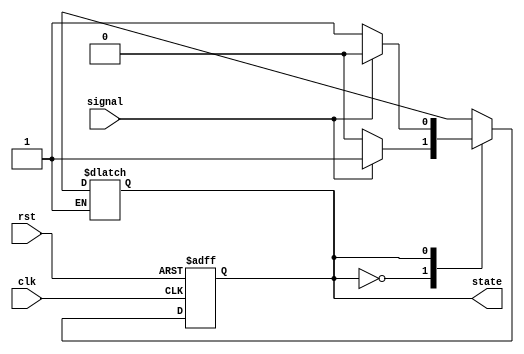
`timescale 1ns / 1ps
//////////////////////////////////////////////////////////////////////////////////
// Company: 
// Engineer: 
// 
// Design Name: 
// Module Name: fsm
// Project Name: 
// Target Devices: 
// Tool Versions: 
// Description: 
// 
// Dependencies: 
// 
// Revision:
// Revision 0.01 - File Created
// Additional Comments:
// 
//////////////////////////////////////////////////////////////////////////////////


module fsm(state,signal,clk,rst);
output reg state;
input signal;
input clk;
input rst;

reg next_state;

always@(posedge clk or posedge rst )
begin
   
  if (rst) state <= 0; 
  else state <= next_state;

end

always@(state or signal)
begin
case(state)
    1'b0 : begin if(signal==1'b1) next_state=1'b1; else next_state=1'b0; end
    1'b1 : begin if(signal==1'b1) next_state=1'b0; else next_state=1'b1; end
    default: state=0;
    endcase
end

endmodule
  /*case(state)
    1'b0 : begin if(signal==1'b1) state=1'b1; else state=1'b0; end
    1'b1 : begin if(signal==1'b1) state=1'b0; else state=1'b1; end
    default: state=0;
    endcase*/